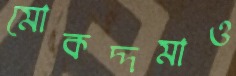
মোকদ্দমাও